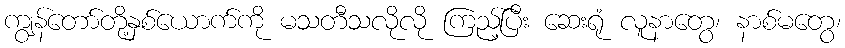
ကျွန်တော်တို့နှစ်ယောက်ကို မသတီသလိုလို ကြည့်ပြီး ဆေးရုံ လူနာတွေ၊ နာစ်မတွေ၊